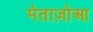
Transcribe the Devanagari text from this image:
मेताज़ोआ